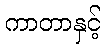
ကာတာနှင့်